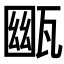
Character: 𤭳